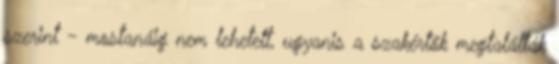
szerint - mostanáig nem lehetett, ugyanis a szakértők megtalálták